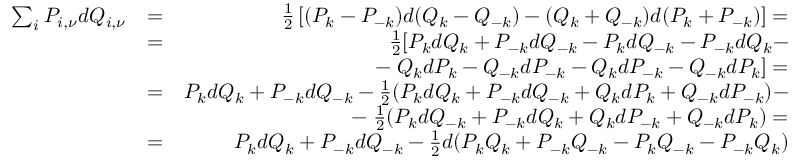
\begin{array} { r l r } { \sum _ { i } P _ { i , \nu } d Q _ { i , \nu } } & { = } & { \frac { 1 } { 2 } \left[ ( P _ { k } - P _ { - k } ) d ( Q _ { k } - Q _ { - k } ) - ( Q _ { k } + Q _ { - k } ) d ( P _ { k } + P _ { - k } ) \right] = } \\ & { = } & { \frac { 1 } { 2 } [ P _ { k } d Q _ { k } + P _ { - k } d Q _ { - k } - P _ { k } d Q _ { - k } - P _ { - k } d Q _ { k } - } \\ & { } & { - \; Q _ { k } d P _ { k } - Q _ { - k } d P _ { - k } - Q _ { k } d P _ { - k } - Q _ { - k } d P _ { k } ] = } \\ & { = } & { P _ { k } d Q _ { k } + P _ { - k } d Q _ { - k } - \frac { 1 } { 2 } ( P _ { k } d Q _ { k } + P _ { - k } d Q _ { - k } + Q _ { k } d P _ { k } + Q _ { - k } d P _ { - k } ) - } \\ & { } & { - \; \frac { 1 } { 2 } ( P _ { k } d Q _ { - k } + P _ { - k } d Q _ { k } + Q _ { k } d P _ { - k } + Q _ { - k } d P _ { k } ) = } \\ & { = } & { P _ { k } d Q _ { k } + P _ { - k } d Q _ { - k } - \frac { 1 } { 2 } d ( P _ { k } Q _ { k } + P _ { - k } Q _ { - k } - P _ { k } Q _ { - k } - P _ { - k } Q _ { k } ) } \end{array}